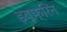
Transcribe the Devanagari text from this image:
इबूफ्रिन